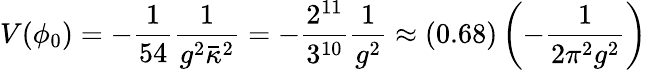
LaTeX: V(\phi_{0})=-\frac{1}{54}\frac{1}{g^{2}\bar{\kappa}^{2}}=-\frac{2^{11}}{3^{10}}\frac{1}{g^{2}}\approx(0.68)\left(-\frac{1}{2\pi^{2}g^{2}}\right)